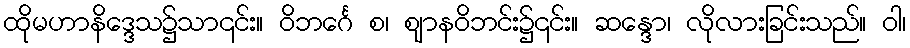
ထိုမဟာနိဒ္ဒေသ၌သာ၎င်း။ ဝိဘင်္ဂေ စ၊ ဈာနဝိဘင်း၌၎င်း။ ဆန္ဒော၊ လိုလားခြင်းသည်။ ဝါ၊